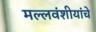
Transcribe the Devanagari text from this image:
मल्लवंशीयांचे